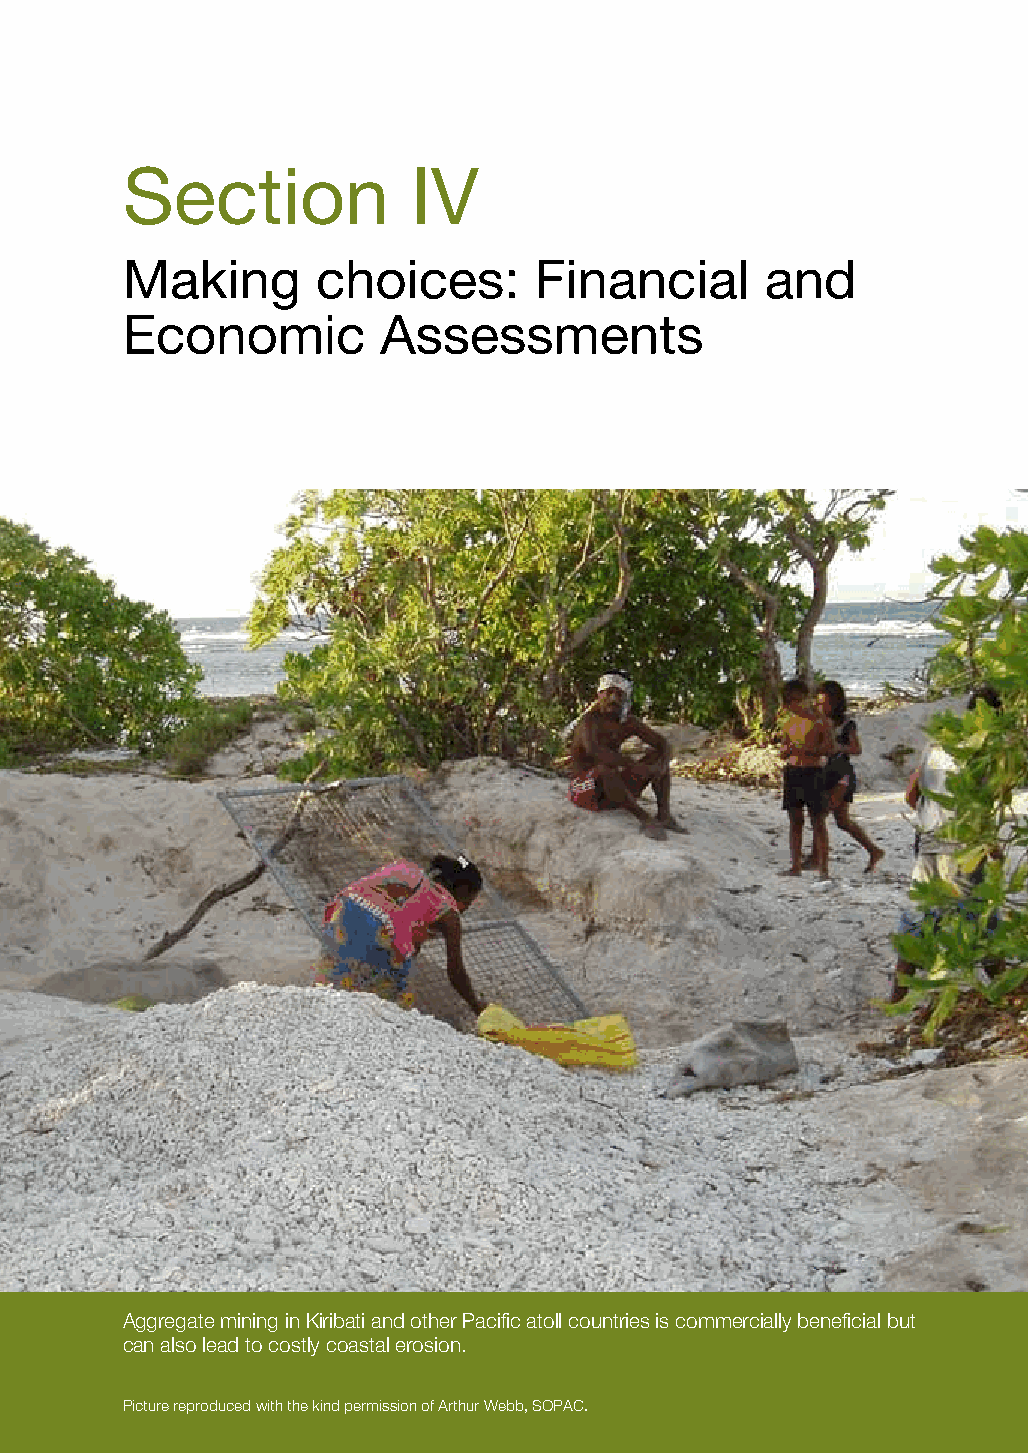
ChaPtER 10: ManagEMEnt InStRuMEntS
 Environmental problem
 Instrument type Waste accumulation Habitat destruction over harvesting
 Rebate schemes Objective: To encourage consumers Not applicable Not applicable
 to return specific containers or used
 Section            Iv
 equipment to collection points for
 disposal
 Conditions for efficient use:
 The need for the rebates to be high
 enough to act as an inducement Making choices: financial and
 Sufficient ongoing funds to finance
 rebates
 Economic         assessments
 Subsidies Objective: To reduce the cost Objective: To reduce the cost of Objective: To reduce the cost
 of waste collection by providing habitat destruction by subsidising a of waste collection by providing
 subsidies change in technology subsidies
 Condition for efficient use: Condition for efficient use: Condition for efficient use:
 Understanding that subsidies are Understanding that subsidies are Understanding that subsidies are
 one-off support to encourage one-off support to encourage one-off support to encourage
 change in technology, otherwise change in technology, otherwise change in technology, otherwise
 subsidy use can have a distortionary subsidy use can have a distortionary subsidy use can have a distortionary
 effect effect effect
 Aggregate mining in Kiribati and other Pacific atoll countries is commercially beneficial but
 can also lead to costly coastal erosion.
 82      Picture reproduced with the kind permission of Arthur Webb, SOPAC.